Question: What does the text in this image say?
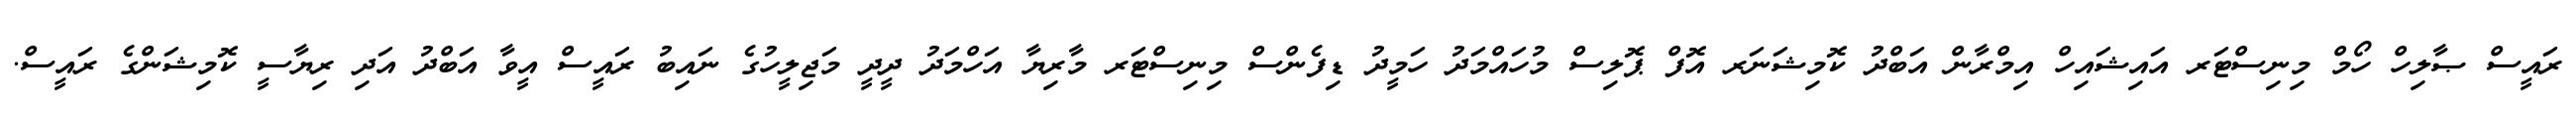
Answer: ރައީސް ޞާލިހް ހޯމް މިނިސްޓަރ އައިޝައިހް އިމްރާން އަބްދު ކޮމިޝަނަރ އޮފް ޕޮލިސް މުހައްމަދު ހަމީދު ޑިފެންސް މިނިސްޓަރ މާރިޔާ އަހްމަދު ދީދީ މަޖިލީހުގެ ނައިބު ރައީސް އީވާ އަބްދު އަދި ރިޔާސީ ކޮމިޝަންގެ ރައީސް.